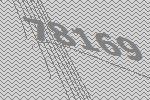
78169